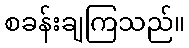
စခန်းချကြသည်။